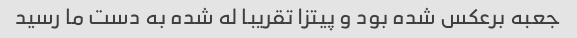
جعبه برعکس شده بود و پیتزا تقریبا له شده به دست ما رسید